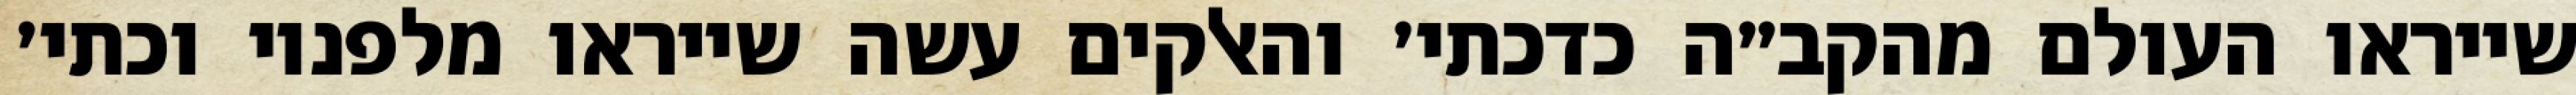
שייראו העולם מהקב״ה כדכתי׳ והאלקים עשה שייראו מלפניו וכתי׳